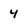
Character: 4